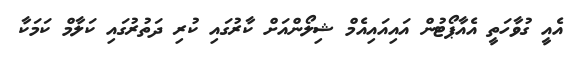
އެއީ ގުވާހަތީ އެއާޕޯޓުން އައިއައިއެމް ޝިލޯންއަށް ކާރުގައި ކުރި ދަތުރުގައި ކަލާމް ކަމަކާ